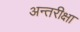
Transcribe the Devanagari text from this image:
अन्तरीक्षा